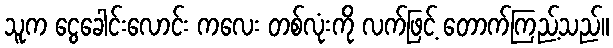
သူက ငွေခေါင်းလောင်း ကလေး တစ်လုံးကို လက်ဖြင့် တောက်ကြည့်သည်။